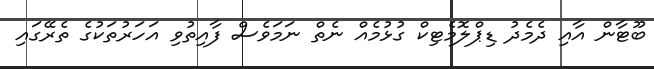
ބޫޓާން އާއި ދެމެދު ޑިޕްލޮމެޓިކް ގުޅުމެއް ނެތް ނަމަވެސް ފާއިތުވި އަހަރުތަކުގެ ތެރޭގައި